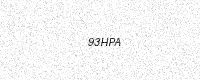
Text: 93HPA